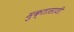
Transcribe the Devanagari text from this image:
मुक्तासाठी